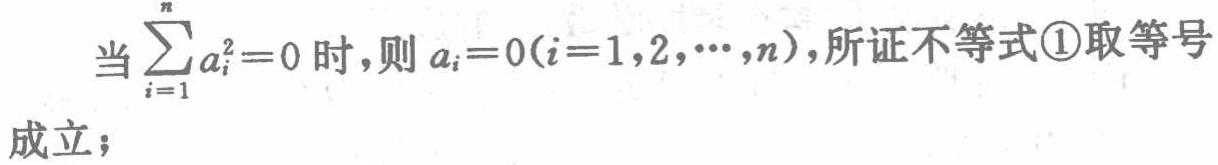
当\(\sum_{i = 1}^{n}a_{i}^{2} = 0\)时，则\(a_{i} = 0(i = 1,2,\cdots,n)\)，所证不等式\textcircled{1}取等号成立；